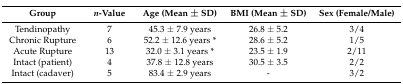
<table><thead><tr><td><b>Group</b></td><td><b><i>n</i>-Value</b></td><td><b>Age (Mean ± SD)</b></td><td><b>BMI (Mean ± SD)</b></td><td><b>Sex (Female/Male)</b></td></tr></thead><tbody><tr><td>Tendinopathy</td><td>7</td><td>45.3 ± 7.9 years</td><td>26.8 ± 5.2</td><td>3/4</td></tr><tr><td>Chronic Rupture</td><td>6</td><td>52.2 ± 12.6 years *</td><td>28.6 ± 5.2</td><td>1/5</td></tr><tr><td>Acute Rupture</td><td>13</td><td>32.0 ± 3.1 years *</td><td>23.5 ± 1.9</td><td>2/11</td></tr><tr><td>Intact (patient)</td><td>4</td><td>37.8 ± 12.8 years</td><td>30.5 ± 3.5</td><td>2/2</td></tr><tr><td>Intact (cadaver)</td><td>5</td><td>83.4 ± 2.9 years</td><td>-</td><td>3/2</td></tr></tbody></table>